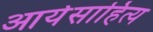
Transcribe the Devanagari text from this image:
आर्यसाहित्य